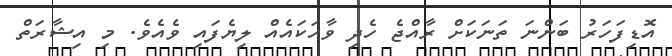
އޮޑިފަހަރު ބަންނަ ތަނަކަށް ރާއްޖެ ހެދި ވާހަކައެއް ލިޔެފައި ވެއެވެ. މި އިޝާރަތް